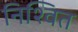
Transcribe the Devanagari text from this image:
निश्वित